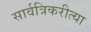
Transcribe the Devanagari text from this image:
सार्वत्रिकरीत्या